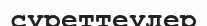
суреттеулер